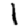
Digit: 1